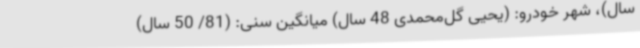
سال)، شهر خودرو: (یحیی گل‌محمدی 48 سال) میانگین سنی: (81/ 50 سال)